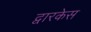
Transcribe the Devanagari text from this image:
द्वारकेस